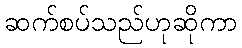
ဆက်စပ်သည်ဟုဆိုကာ